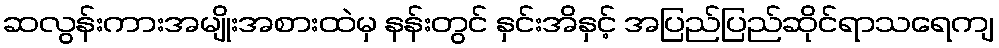
ဆလွန်းကားအမျိုးအစားထဲမှ နန်းတွင် နှင်းအိနှင့် အပြည်ပြည်ဆိုင်ရာသရေကျ